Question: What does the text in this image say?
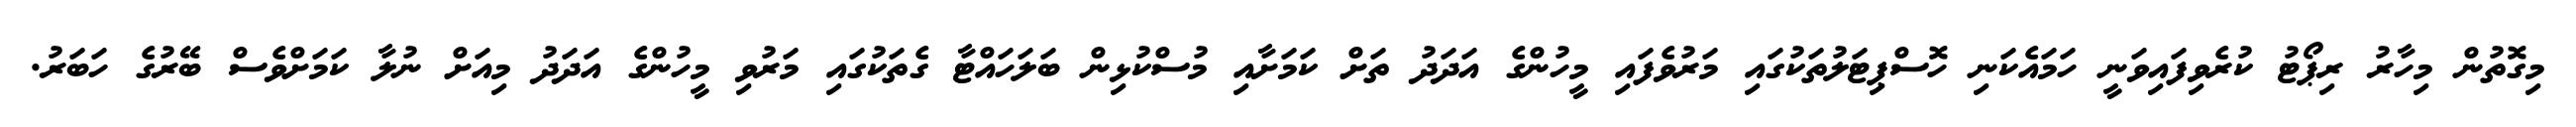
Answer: މިގޮތުން މިހާރު ރިޕޯޓު ކުރެވިފައިވަނީ ހަމައެކަނި ހޮސްޕިޓަލުތަކުގައި މަރުވެފައި މީހުންގެ އަދަދު ތަށް ކަމަށާއި މުސްކުޅިން ބަލަހައްޓާ ގެތަކުގައި މަރުވި މީހުންގެ އަދަދު މިއަށް ނުލާ ކަމަށްވެސް ބޭރުގެ ހަބަރު.